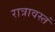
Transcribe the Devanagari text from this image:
रात्रावस्तं